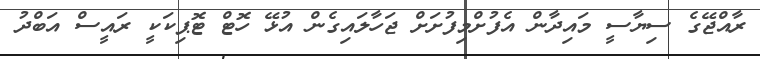
ރާއްޖޭގެ ސިޔާސީ މައިދާން އެފުށްމިފުށަށް ޖަހާލައިގެން އުޅޭ ހޮޓް ޓޮޕިކަކީ ރައީސް އަބްދު